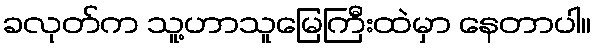
ခလုတ်က သူ့ဟာသူမြေကြီးထဲမှာ နေတာပါ။